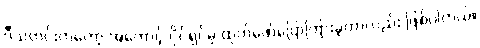
ဒီသတင်းကတော့ အကောင့် ပိုင်ရှင်မှ ထုတ်ဖော်ပြောကြားခဲ့တာလည်း ဖြစ်ပါတယ်။